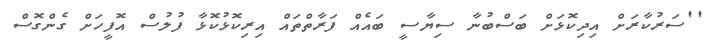
''ސަރުކާރަށް އިދިކޮޅަށް ބަސްބުނާ ސިޔާސީ ބައެއް ފަރާތްތައް އިރިކޮޅުކޮޅާ ފުލުސް އޮފީހަށް ގެންގޮސް